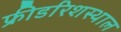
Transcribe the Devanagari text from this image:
फ्रीडरिशस्थाल